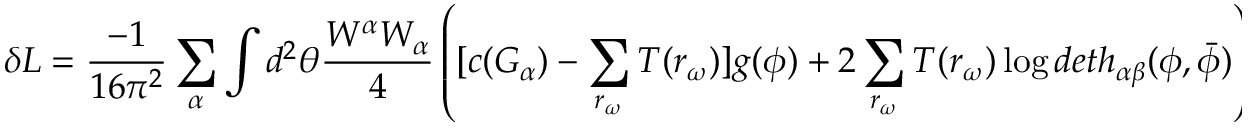
\delta { \cal L } = \frac { - 1 } { 1 6 { \pi } ^ { 2 } } \sum _ { \alpha } \int d ^ { 2 } \theta \frac { W ^ { \alpha } W _ { \alpha } } { 4 } \left( [ c ( G _ { \alpha } ) - \sum _ { r _ { \omega } } T ( r _ { \omega } ) ] g ( \phi ) + 2 \sum _ { r _ { \omega } } T ( r _ { \omega } ) \log d e t h _ { \alpha \beta } ( \phi , { \bar { \phi } } ) \right) + h . c